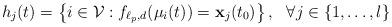
LaTeX: \begin{align*}h_{j}(t)=\left\{ i\in\mathcal{V}:f_{\ell_{p},d}(\mu_{i}(t))=\mathbf{x}_{j}(t_{0})\right\} ,~~\forall j\in\{1,\ldots,l\}\end{align*}